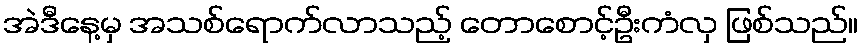
အဲဒီနေ့မှ အသစ်ရောက်လာသည့် တောစောင့်ဦးကံလှ ဖြစ်သည်။